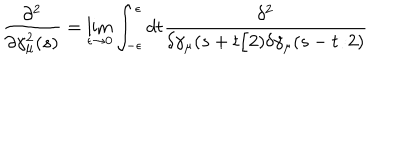
\frac { \partial ^ { 2 } } { \partial \gamma _ { \mu } ^ { 2 } ( s ) } = \lim _ { \epsilon \rightarrow 0 } \int _ { - \epsilon } ^ { \epsilon } d t \frac { \delta ^ { 2 } } { \delta \gamma _ { \mu } ( s + t / 2 ) \delta \gamma _ { \mu } ( s - t / 2 ) }